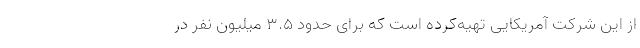
از این شرکت آمریکایی تهیه‌کرده است که برای حدود ۳.۵ میلیون نفر در